Indian journal of veterinary science and animal husbandry - Volumes 24-25, 1954-1955
Year: 1954
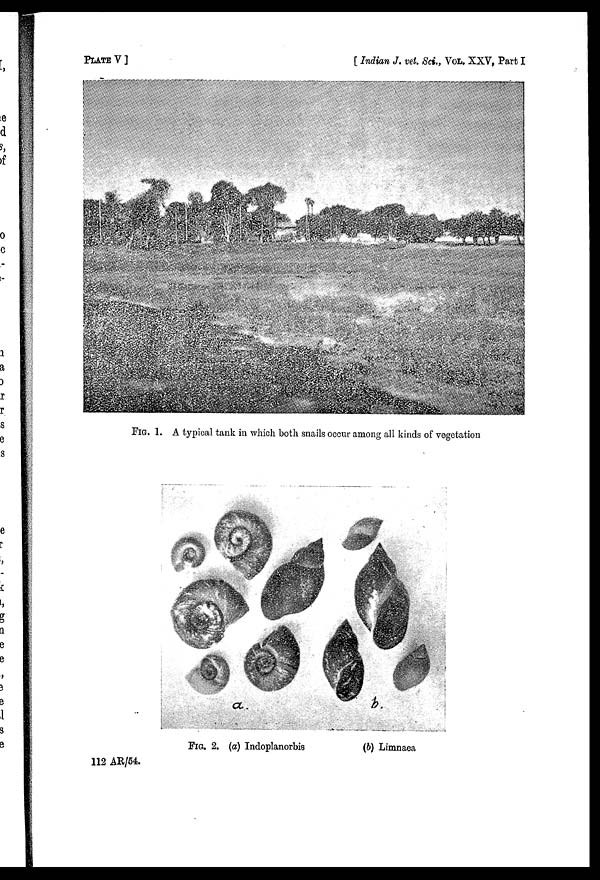
PLATE V]
[Indian J. vet. Sci., VOL. XXV, Part I
FIG. 1. A typical tank in which both snails occur among all kinds of vegetation
FIG. 2. (a) Indoplanorbis
(b) Limnaea
112 AR/54.